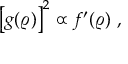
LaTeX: \left[ g ( \varrho ) \right] ^ { 2 } \propto f ^ { \prime } ( \varrho ) \; ,